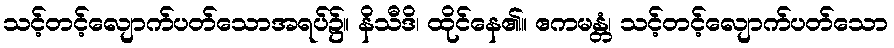
သင့်တင့်လျောက်ပတ်သောအရပ်၌။ နိသီဒိ၊ ထိုင်နေ၏။ ဧကမန္တံ၊ သင့်တင့်လျောက်ပတ်သော